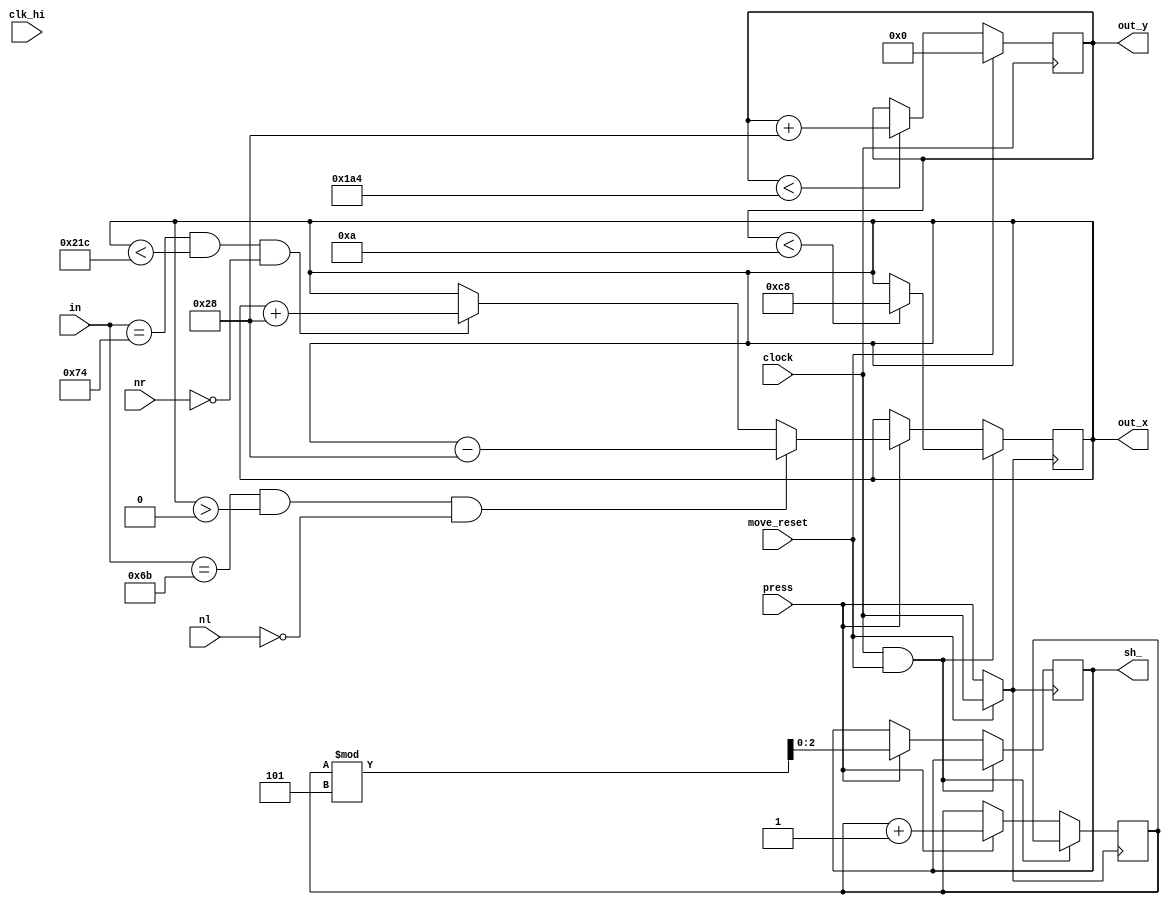
module move(move_reset, nl, nr, press, clock, clk_hi, in, out_x,out_y,sh_);
	input move_reset, nl, nr;
	input press, clock, clk_hi;
	input [7:0] in;
	output [9:0] out_x, out_y;
	output [2:0] sh_;
	reg [9:0]  x, y;
	
	reg [31:0]counter1,counter2;
	reg new1;
	
	reg [9:0] c_shape;/////////////////////
	reg [2:0] sh;
	assign sh_ = sh;
	initial begin
		x = 10'b0;
		y = 10'b0;
		counter1 = 31'b0;
		counter2 = 31'b0;
	end


wire new_clock;

assign new_clock = move_reset? clock:press;
always@(negedge new_clock) begin
	if(clock == 1 && move_reset ==1 )begin
		  if(y < 10) begin
		   x <= 200;
		  end
	end
	
	else if(press == 1 ) begin
		c_shape <= c_shape+1;
		sh <= c_shape % 5;
		if(in == 8'h6b && x > 0 && ~nl) begin
				x <= x - 40;
			end
			else if(in == 8'h74 && x < 540 && ~nr) begin
				x <= x + 40;
			end	
	end		
end

	 
always@(posedge clock) begin

		if(move_reset == 1) begin

			y <= 10'b0;
		end

		else if(y < 420) begin
			y <= y + 40;

		end
end



assign out_x = x;
assign out_y = y;
 
endmodule